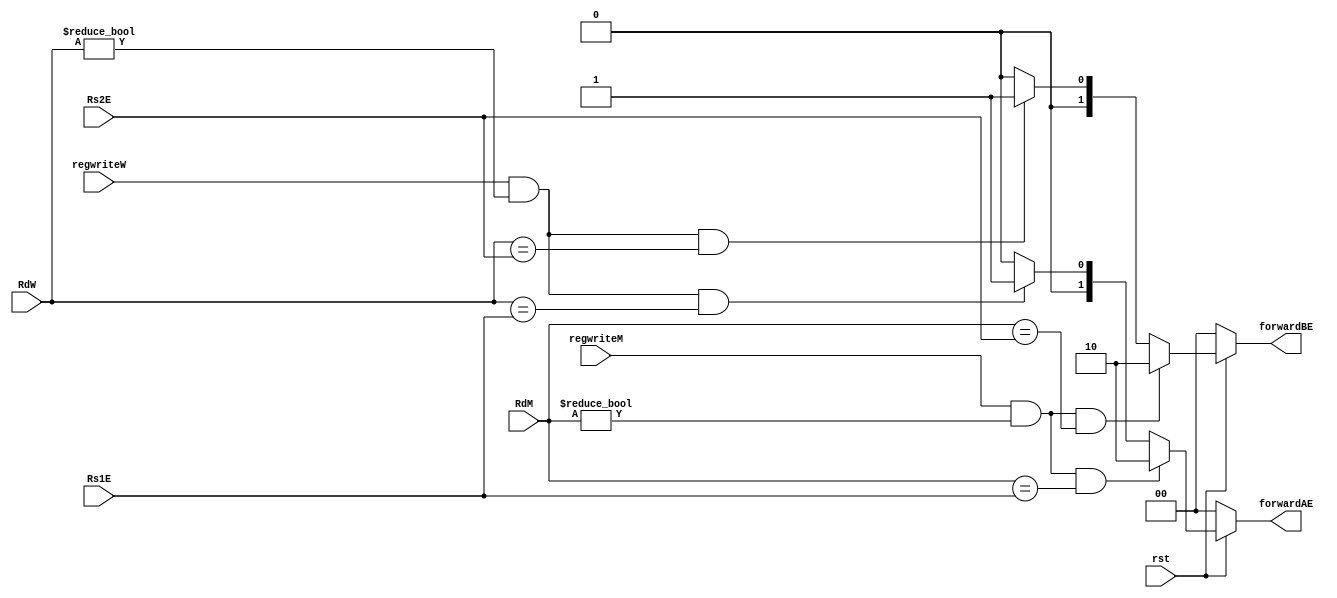
`timescale 1ns / 1ps
//////////////////////////////////////////////////////////////////////////////////
// Company: 
// Engineer: 
// 
// Design Name: 
// Module Name: hazard_unit
// Project Name: 
// Target Devices: 
// Tool Versions: 
// Description: 
// 
// Dependencies: 
// 
// Revision:
// Revision 0.01 - File Created
// Additional Comments:
// 
//////////////////////////////////////////////////////////////////////////////////


module hazard_unit(rst,regwriteM,regwriteW,RdM,RdW,Rs1E,Rs2E,forwardAE,forwardBE);

input rst,regwriteM,regwriteW;
input [4:0]RdM,RdW,Rs1E,Rs2E;

output [1:0]forwardAE,forwardBE;



assign forwardAE=(rst==1'b0)?2'b00:
        ((regwriteM==1'b1)&(RdM!=0)&(RdM==Rs1E))?2'b10:
        ((regwriteW==1'b1)&(RdW!=0)&(RdW==Rs1E))?2'b01:2'b00;
        
        
assign forwardBE=(rst==1'b0)?2'b00:((regwriteM==1'b1)&(RdM!=0)&(RdM==Rs2E))?2'b10:
        ((regwriteW==1'b1)&(RdW!=0)&(RdW==Rs2E))?2'b01:2'b00;
        
                
endmodule